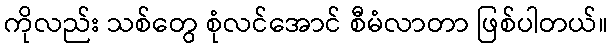
ကိုလည်း သစ်တွေ စုံလင်အောင် စီမံလာတာ ဖြစ်ပါတယ်။